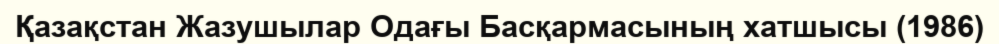
Қазақстан Жазушылар Одағы Басқармасының хатшысы (1986)